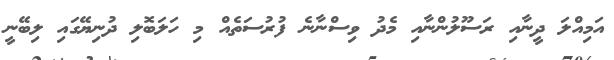
އަމިއްލަ ދީނާއި ރަސޫލުންނާއި މެދު ވިސްނާނެ ފުރުސަތެއް މި ހަލަބޮލި ދުނިޔޭގައި ލިބޭނީ